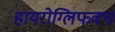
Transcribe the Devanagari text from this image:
हायरोग्लिफक्स